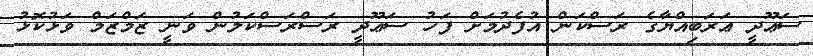
ސަޢޫދީ ޢަރަބިއްޔާގެ ރަސްކަން އުފެދުމަށް ފަހު ސަޢޫދީ ރަސްރަސްކަލުން ވަނީ ޒަމްޒަމް ވަޅުކޮޅު